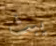
يبث